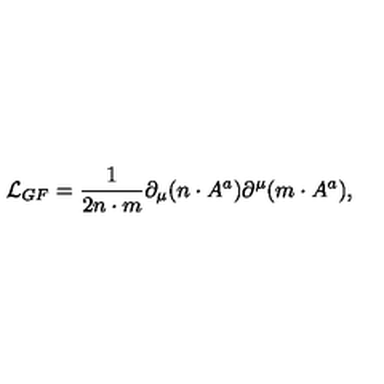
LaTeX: { \cal L } _ { G F } = \frac { 1 } { 2 n \cdot m } \partial _ { \mu } ( n \cdot A ^ { a } ) \partial ^ { \mu } ( m \cdot A ^ { a } ) ,